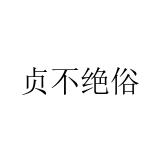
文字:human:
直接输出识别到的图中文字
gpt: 贞不绝俗